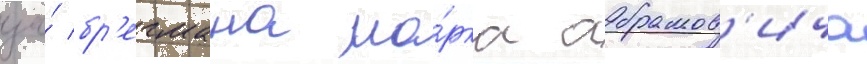
за́ бр'егмана ма́рка абрамов'ича